Statistical return of the lunatic asylum in Assam - 1912-1932
Year: 1912
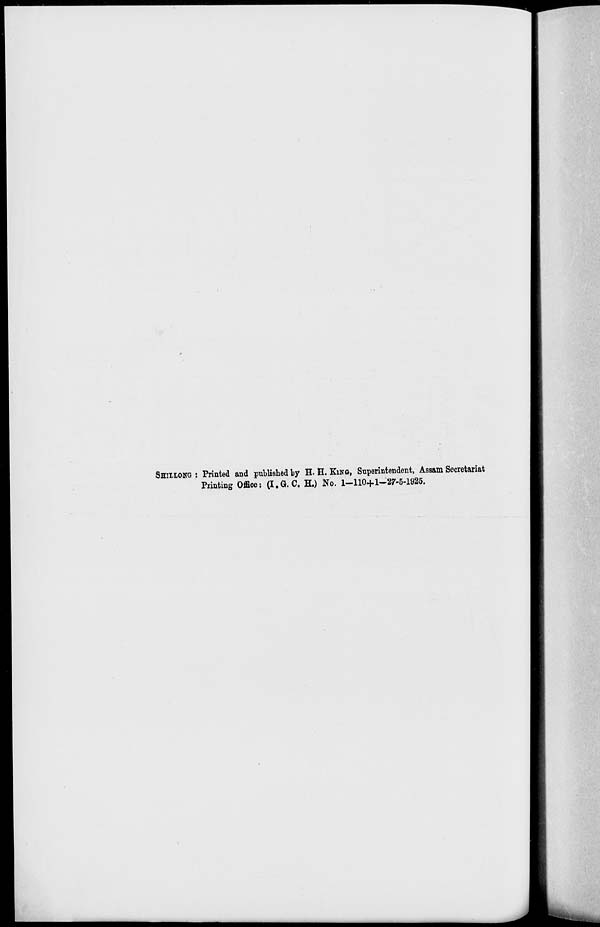
SHIIIONG : Printed and published by H. H. KING, Superintendent, Assam Secretariat
Printing Office: (I.G.C. H.) No. 1-110+1-27-5-1925.